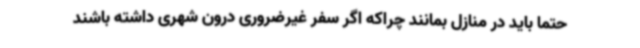
حتما باید در منازل بمانند چراکه اگر سفر غیرضروری درون شهری داشته باشند